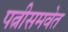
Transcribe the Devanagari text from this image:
पत्नीसमवेत